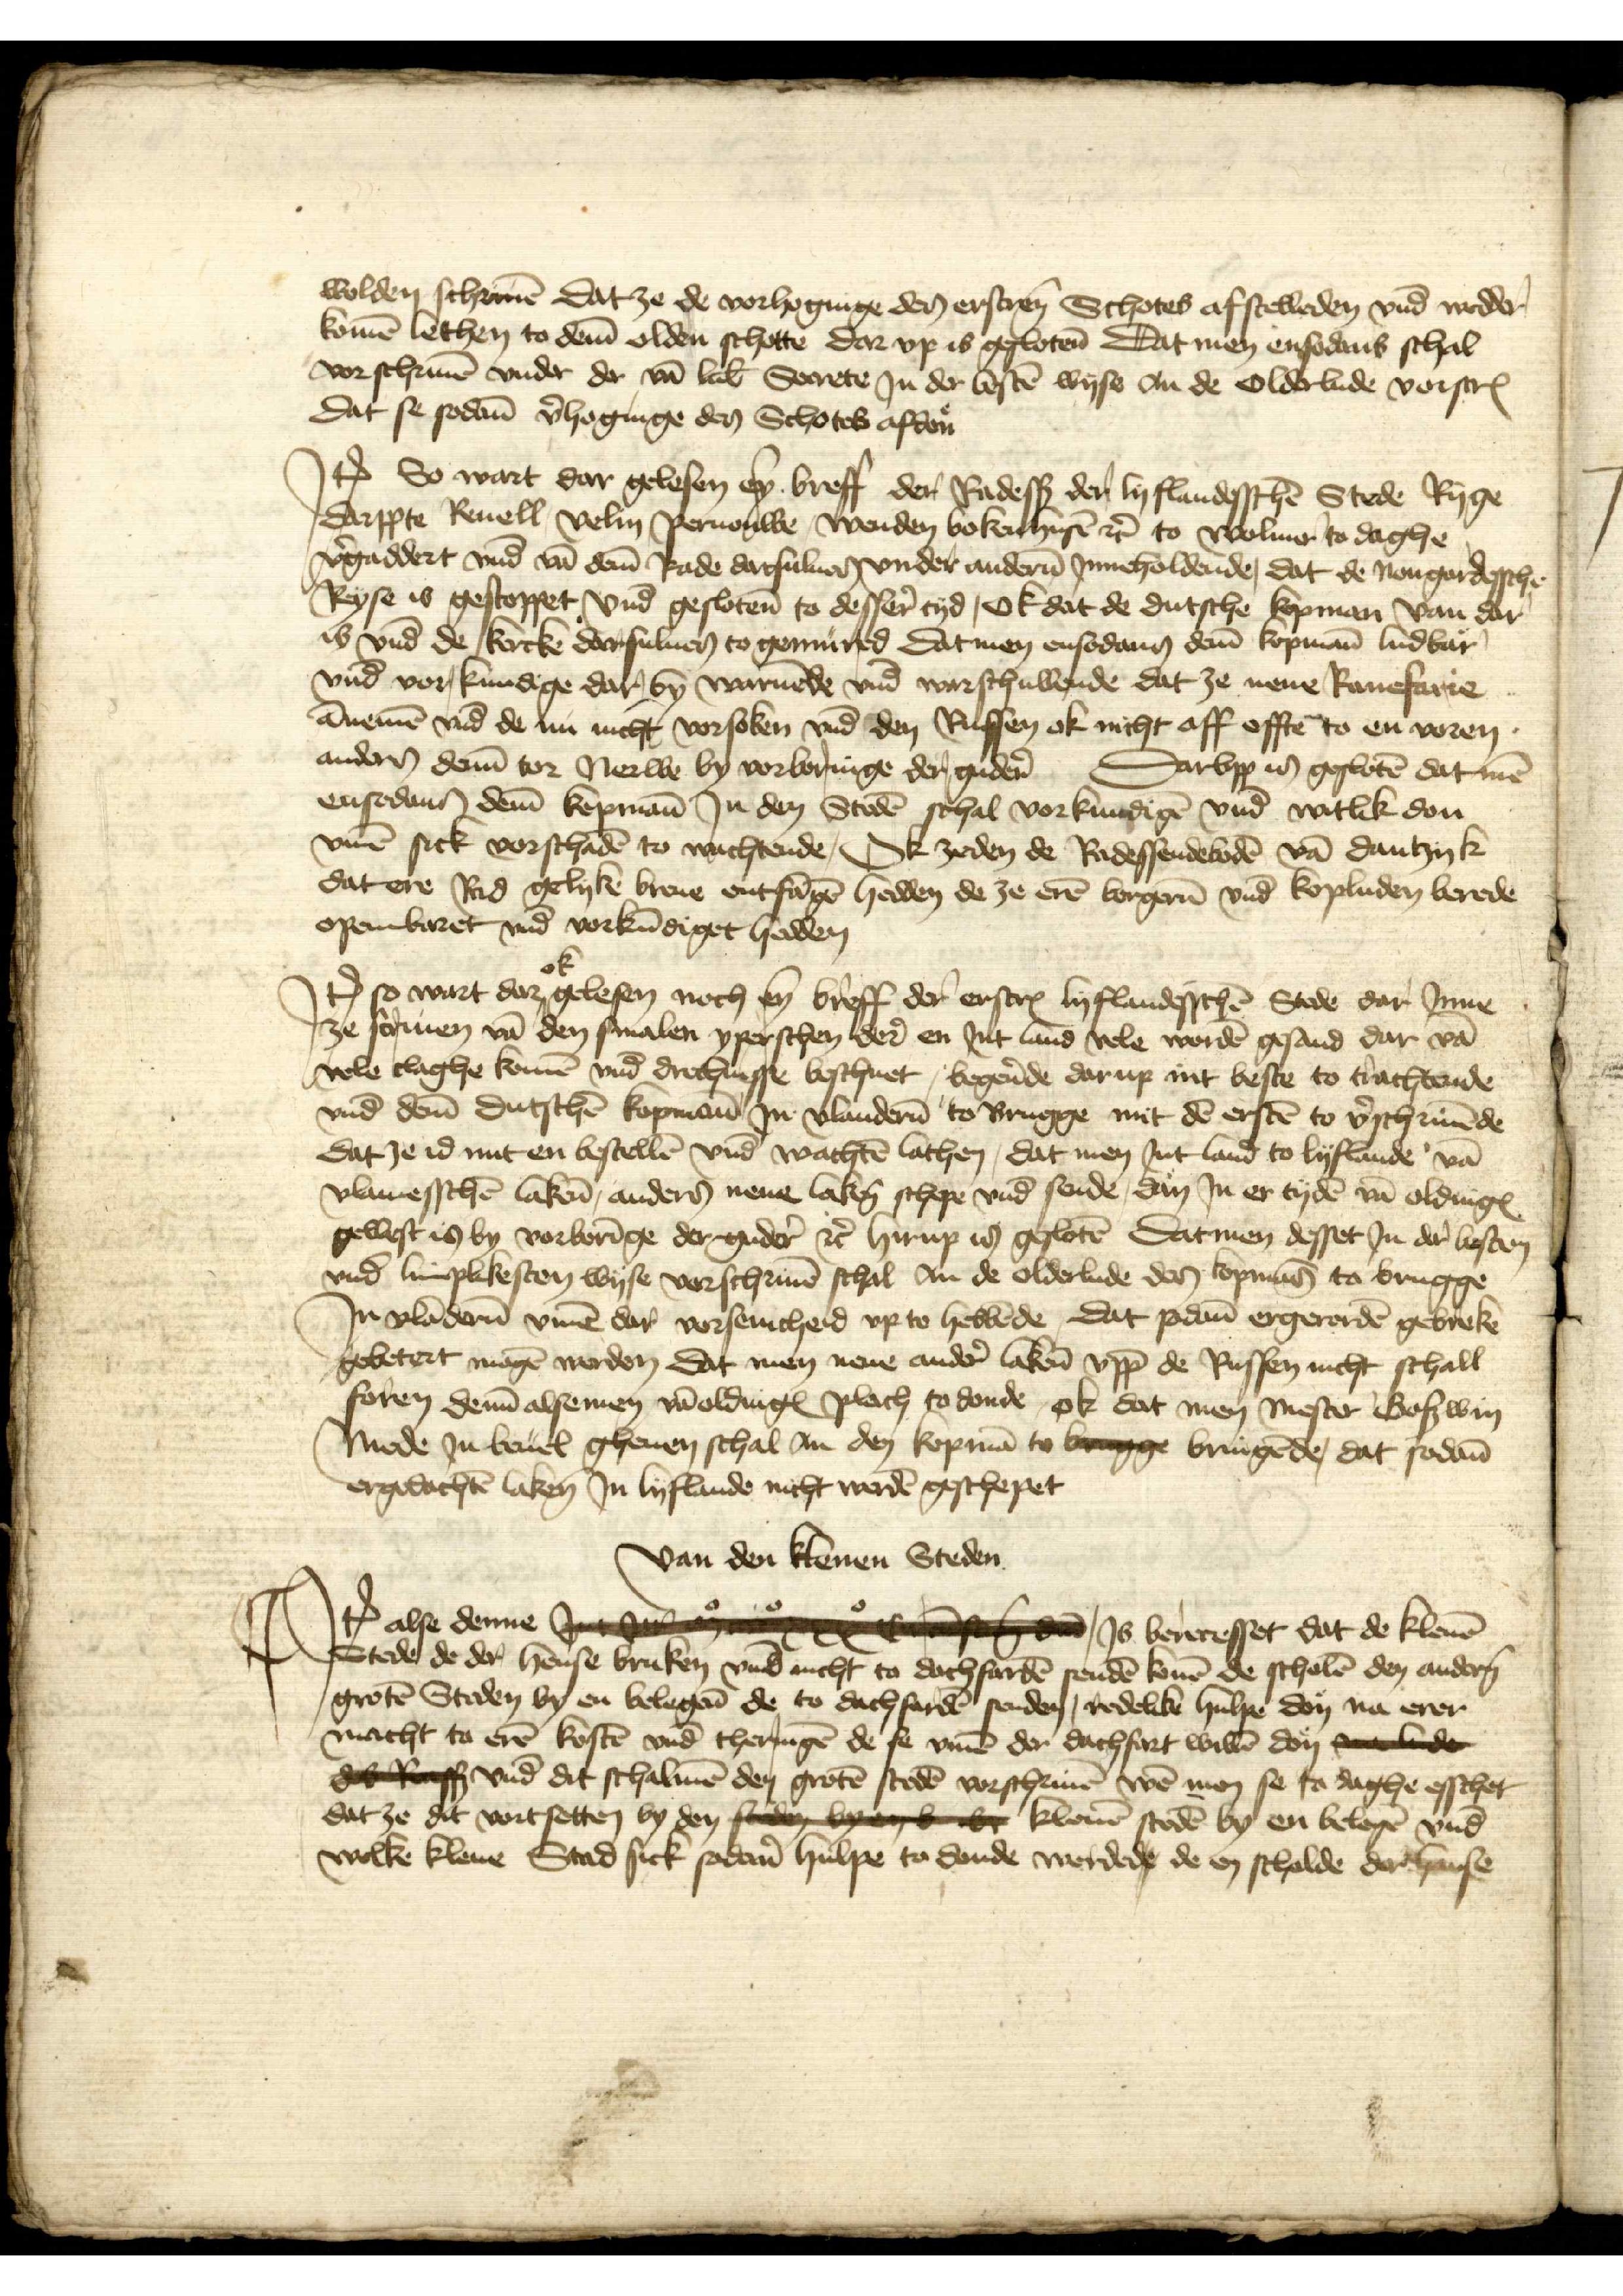
wolden schriuen dat ze de vorhoginge der erscreuen Schotes afstelleden vnd wedder
komen lethen to deme olden schotte dar vp is geslotene dat men ensodans schal
vorschriuen vnder de van Lubeke Secrete Jn der besten wyse an de Olderlude vorscreuen
Dat se sodanen vorhoginge des Schotes afdon

Jtem So wart dar gelesen eyn breff der Radessendeboden der lyflandesschen Stede Ryge
Darppte Reuell Velin Pernouwe, Wenden Bokenhusen etcetera to Wolmer to daghe
vorgaddert vnd van deme Rade darsulues, vnder anderen Jnneholdende, dat de Nougardesschen
Reyse is gestoppet vnd gesloten to desser tyd, Ok dat de dutsche kopman van dar
is vnd de kercke darsulues to gemured dat men ensodans deme kopmann ludbar
vnd vor kundige dar by warnende vnd warschullende dat ze nene Ranefarie
annemen vnd de nu nicht vorsoken vnd den Russen ok nicht aff effte to en voren
anders deme tor Nerwe by vorboringe der gudere
Darvpp is gesloten dat men
ensodans deme kopmann Jn den Steden schal vorkundigen vnd witlik don
vmme sick vorschaden to wachtende, Ok zeden de Radessendeboden van Dantzyk
dat ere Rad gelyke breue entfangen hedden de ze eren borgeren vnd kopluden berede
openbaret vnd vorkundiget hedden

Jtem so wart dar ok gelesen noch eyn breff der erscreuen Lyflandesschen Stede dar Jnne
ze scriuen van den smalen yperschen dere en Jnt land vele worden gesand dar van
vele claghe komen vnd drechnisse beschuet, begerende darup int beste to trachtende
vnd deme dutschen kopmane Jn Vlanderen to Brugge mit den ersten to vorschriuende
dat ze id mit en bestellen vnd wachten lathen, dat men Jnt land to lyflande van
vlamesschen laken, anders nene laken schepe vnd sende, dan Jn er tyden van oldinges
gewest is by vorboringe der gudere etcetera hirup is gesloten Datmen desset Jn der besten
vnd limplikesten wyse vorschriuen schal An de olderlude des kopmans to Brugge
Jn Vlanderen vmme dar vorsenicheid vp to hebbende, Dat sodane ergerorden gebreke
gebetert mogen werden dat men nene andere laken vpp de Russen nicht schall
foren deme alsemen van oldinges plach to donde, ok dat men Mester Goßwin
Mede Jn beuel gheuen schal an den kopman to bengge bringende, dat sodanen
ergedachten laken Jn Lyflande nicht werden geschepet

van den klenen Steden
Jtem alse denne Jn ha Js berecesset dat de klenen
Stede, de der hense bruken vnd nicht to dochfarden senden konen de scholen den anderen
groten Steden by en belegenen de to dachforden senden, redelike hulpe don na erer
macht to eren kosten vnd theringen de se vmme der dachfart willen don valende
da sß vnd dit schalmen den groten steden vorschriuen wen men se to daghe esschet
dat ze dit vortsetten by den san ban bt klenen steden by en belegen vnd
welke klene Stad sick sodane hulpe to donde werdede de en scholde der hanse